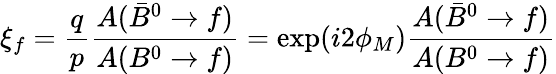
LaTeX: \xi_{f}=\frac{q}{p}\frac{A(\bar{B}^{0}\to f)}{A(B^{0}\to f)}=\exp(i2\phi_{M})\frac{A(\bar{B}^{0}\to f)}{A(B^{0}\to f)}